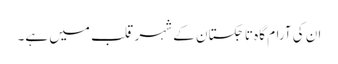
ان کی آرام گاہ تاجکستان کے شہر قلب میں ہے۔